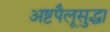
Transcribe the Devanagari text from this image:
अष्टपैलूसुद्धा